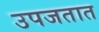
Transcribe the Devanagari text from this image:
उपजतात